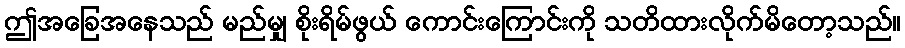
ဤအခြေအနေသည် မည်မျှ စိုးရိမ်ဖွယ် ကောင်းကြောင်းကို သတိထားလိုက်မိတော့သည်။